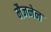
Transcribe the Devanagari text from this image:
मैजनेन